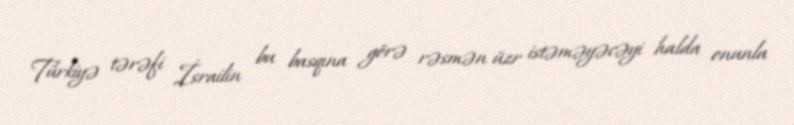
Türkiyə tərəfi İsrailin bu basqına görə rəsmən üzr istəməyəcəyi halda onunla